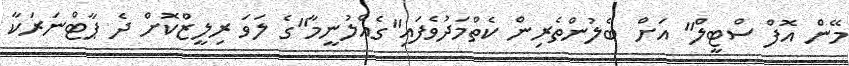
މޭން އޮފް ސްޓީލް" އަށް ބެލުންތެރިން ކެތްމަދުވެފައި"ގެއްލުނީމާ"ގެ ލަވަ ރިލީޒްކޮށް ދެ ޕާޓްނަރަކާ